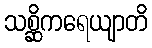
သစ္ဆိကရေယျာတိ